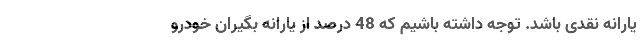
یارانه نقدی باشد. توجه داشته باشیم که 48 درصد از یارانه بگیران خودرو